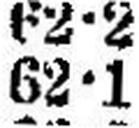
62•1